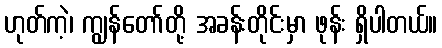
ဟုတ်ကဲ့၊ ကျွန်တော်တို့ အခန်းတိုင်းမှာ ဖုန်း ရှိပါတယ်။